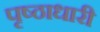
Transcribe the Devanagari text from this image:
पृष्ठाधारी